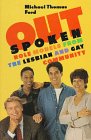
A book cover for OutSpoken: Role Models from the Lesbian and Gay Community; Michael Thomas Ford; Teen & Young Adult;